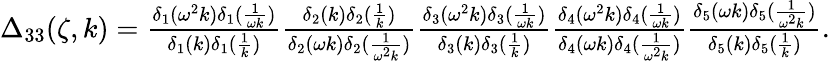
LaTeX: \begin{array}{r}{\Delta_{33}(\zeta,k)=\frac{\delta_{1}(\omega^{2}k)\delta_{1}(\frac{1}{\omega k})}{\delta_{1}(k)\delta_{1}(\frac{1}{k})}\frac{\delta_{2}(k)\delta_{2}(\frac{1}{k})}{\delta_{2}(\omega k)\delta_{2}(\frac{1}{\omega^{2}k})}\frac{\delta_{3}(\omega^{2}k)\delta_{3}(\frac{1}{\omega k})}{\delta_{3}(k)\delta_{3}(\frac{1}{k})}\frac{\delta_{4}(\omega^{2}k)\delta_{4}(\frac{1}{\omega k})}{\delta_{4}(\omega k)\delta_{4}(\frac{1}{\omega^{2}k})}\frac{\delta_{5}(\omega k)\delta_{5}(\frac{1}{\omega^{2}k})}{\delta_{5}(k)\delta_{5}(\frac{1}{k})}.}\end{array}